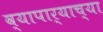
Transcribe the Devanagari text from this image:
व्यापार्‍याच्या